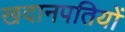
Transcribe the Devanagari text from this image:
खदानपतियों